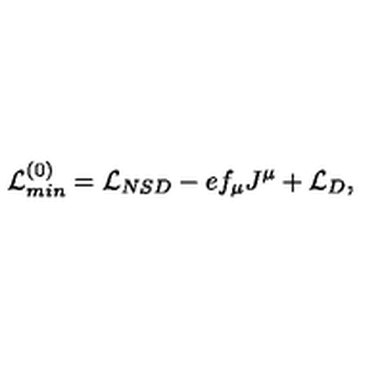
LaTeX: { \cal L } _ { m i n } ^ { ( 0 ) } = { \cal L } _ { N S D } - e f _ { \mu } J ^ { \mu } + { \cal L } _ { D } ,